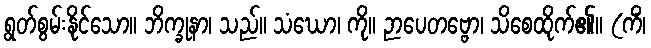
ရွတ်စွမ်းနိုင်သော။ ဘိက္ခုနာ၊ သည်။ သံဃော၊ ကို။ ဉာပေတဗ္ဗော၊ သိစေထိုက်၏။ (ကိံ၊